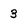
Character: 3